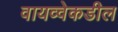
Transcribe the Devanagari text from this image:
वायव्वेकडील